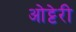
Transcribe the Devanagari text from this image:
ओट्टेरी